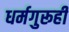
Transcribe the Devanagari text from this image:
धर्मगुरूही